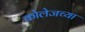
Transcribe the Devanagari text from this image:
कोलेजच्या